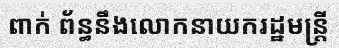
ពាក់ ព័ន្ធនឹងលោកនាយករដ្ឋមន្ត្រី